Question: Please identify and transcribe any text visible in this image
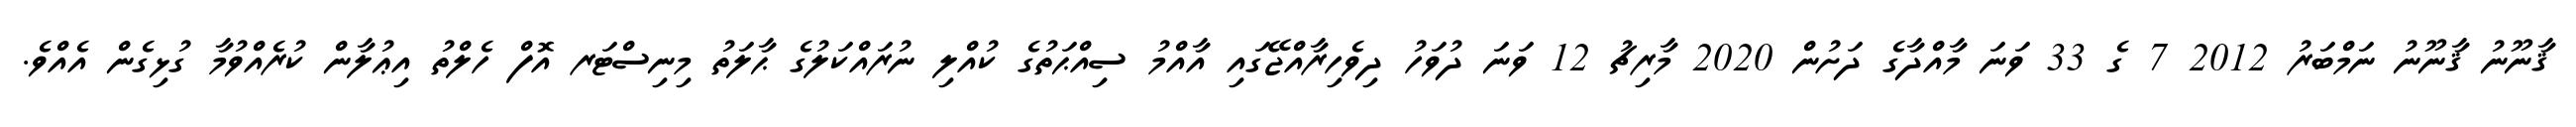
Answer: ޤާނޫނު ޤާނޫނު ނަމްބަރު 2012 7 ގެ 33 ވަނަ މާއްދާގެ ދަށުން 2020 މާރިޗު 12 ވަނަ ދުވަހު ދިވެހިރާއްޖޭގައި އާއްމު ސިއްޙަތުގެ ކުއްލި ނުރައްކަލުގެ ޙާލަތު މިނިސްޓަރ އޮފް ހެލްތު އިޢުލާން ކުރެއްވުމާ ގުޅިގެން އެއްވެ.